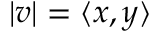
| v | = \langle x , y \rangle